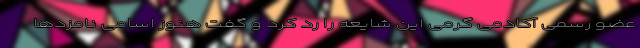
عضو رسمی آکادمی گرمی این شایعه را رد کرد و گفت هنوز اسامی نامزدها